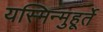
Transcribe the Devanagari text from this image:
यस्मिन्मुहूर्ते